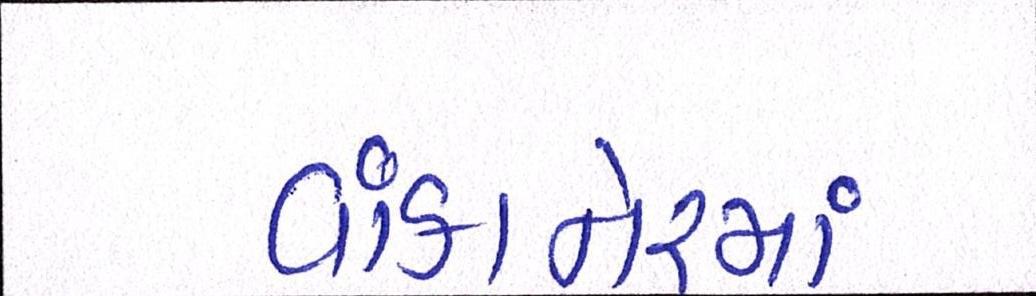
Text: વાંકાનેરમાં